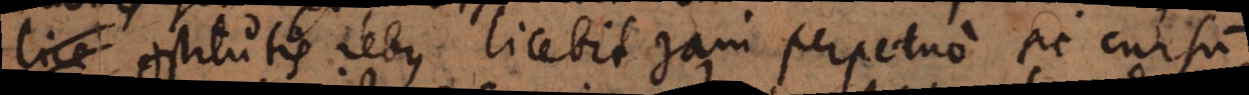
constitutis rebus licebit jam perpetuo sic cursum